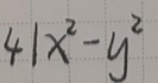
$41x^{2}-y^{2}$